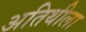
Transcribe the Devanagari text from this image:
अतिथीला